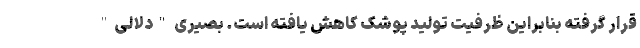
قرار گرفته بنابراین ظرفیت تولید پوشک کاهش یافته است. بصیری "دلالی"